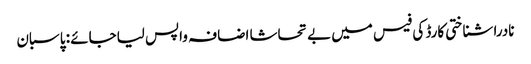
نادرا شناختی کارڈ کی فیس میں بے تحاشا اضافہ واپس لیاجائے : پاسبان